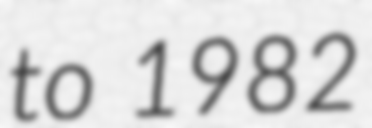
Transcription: to 1982